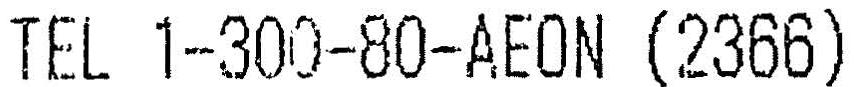
TEL 1-300-80-AEON (2366)